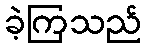
ခဲ့ကြသည်